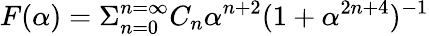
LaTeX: F(\alpha)=\Sigma_{n=0}^{n=\infty}C_{n}\alpha^{n+2}(1+\alpha^{2n+4})^{-1}